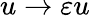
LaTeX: u\to\varepsilon u